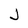
Character: J